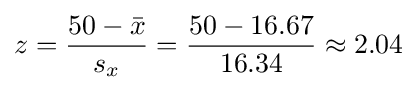
z={\frac {50-{\bar {x}}}{s_{x}}}={\frac {50-16.67}{16.34}}\approx 2.04